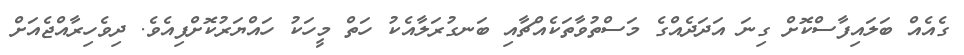
ގެއެއް ބަލައިފާސްކޮށް ގިނަ އަދަދެއްގެ މަސްތުވާތަކެއްޗާއި ބަނގުރަލާއެކު ހަތް މީހަކު ހައްޔަރުކޮށްފިއެވެ. ދިވެހިރާއްޖެއަށް